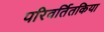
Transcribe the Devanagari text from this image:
परिवर्तितकिया